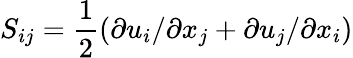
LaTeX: {{S}_{ij}}=\frac{1}{2}\left(\partial{{u}_{i}}/\partial{{x}_{j}}+\partial{{u}_{j}}/\partial{{x}_{i}}\right)